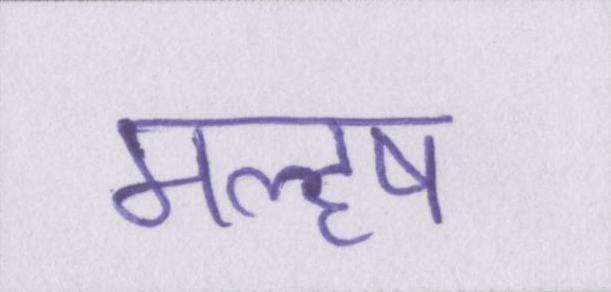
महॢष